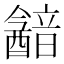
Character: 韽